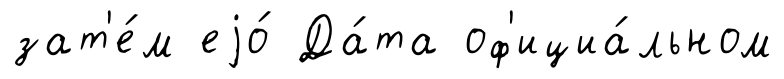
зат'е́м еjо́ Да́та оф'ициа́льном